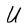
Character: U